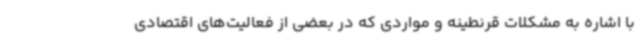
با اشاره به مشکلات قرنطینه و مواردی که در بعضی از فعالیت‌های اقتصادی